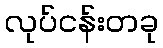
လုပ်ငန်းတခု